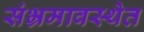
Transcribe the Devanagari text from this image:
संभ्रमावस्थेत